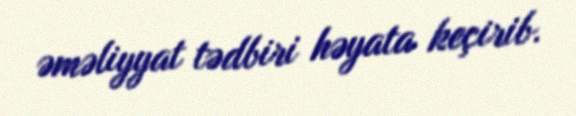
əməliyyat tədbiri həyata keçirib.